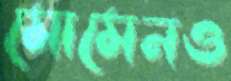
মোমেনও